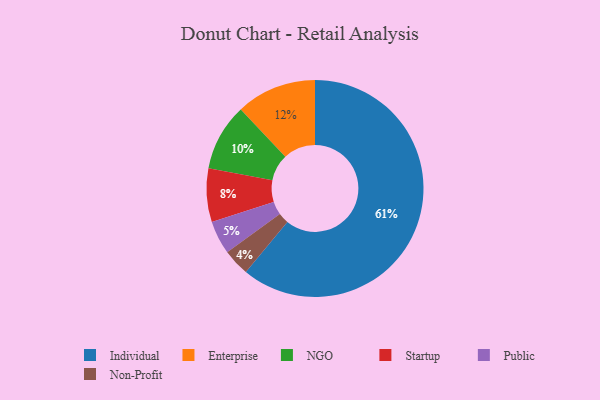
{"axis": {"x": "Category", "y": "Percentage"}, "legend": ["Enterprise", "Individual", "NGO", "Non-Profit", "Public", "Startup"], "data": [{"x": "Startup", "y": 8, "type": "Startup"}, {"x": "Individual", "y": 61, "type": "Individual"}, {"x": "Non-Profit", "y": 4, "type": "Non-Profit"}, {"x": "NGO", "y": 10, "type": "NGO"}, {"x": "Public", "y": 5, "type": "Public"}, {"x": "Enterprise", "y": 12, "type": "Enterprise"}]}